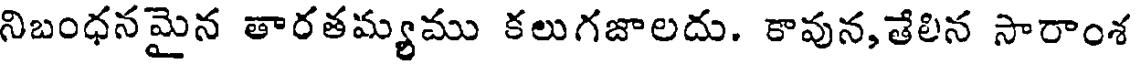
నిబంధనమైన తారతమ్యము కలుగజాలదు. కావున,తేలిన సారాంశ